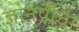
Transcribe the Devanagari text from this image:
ज्ञानर्षीचा